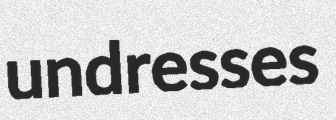
undresses